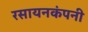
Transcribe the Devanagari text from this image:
रसायनकंपनी